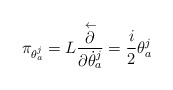
\begin{align*}\pi_{\theta_a^j}= L\frac{\stackrel{\leftarrow}{\partial}}{\partial \dot{\theta}_a^j}=\frac{i}{2} \theta_a^j\end{align*}